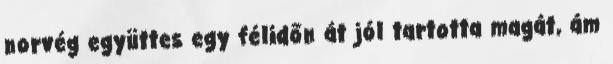
norvég együttes egy félidőn át jól tartotta magát, ám